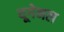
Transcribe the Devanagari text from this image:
यूगेनल